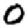
Digit: 0